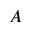
A